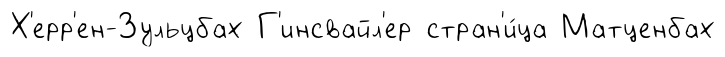
Х'ерр'ен-Зульцбах Г'инсвайл'ер стран'и́ца Матценбах